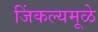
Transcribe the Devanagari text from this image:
जिंकल्यमूळे